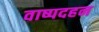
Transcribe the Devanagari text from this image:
वाष्पदहन